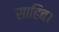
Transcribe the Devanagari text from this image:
साहिब।